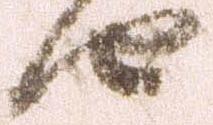
由